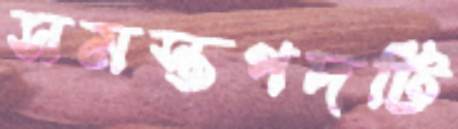
সমস্তপদটি